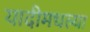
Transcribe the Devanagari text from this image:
यादीमधल्या